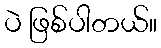
ပဲ ဖြစ်ပါတယ်။